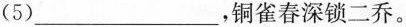
(5)___，铜雀春深锁二乔。